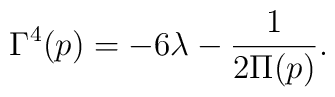
\Gamma^{4}(p)=-6\lambda-\frac{1}{2\Pi(p)}.